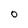
Character: O